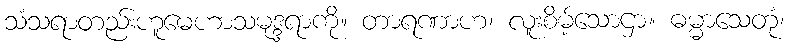
သံသရာတည်းဟူမေဟာသမုဒ္ဒရာကို။ တာရဏာဟ၊ လူးစိမ့်သောဌာ။ ဓမ္မာသေတုံ၊